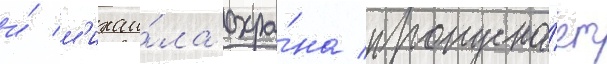
и́ м'ихаи́ла охра́на пропуска́ет